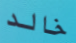
خالد